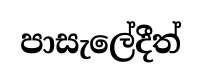
පාසැලේදීත්